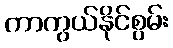
ကာကွယ်နိုင်စွမ်း